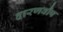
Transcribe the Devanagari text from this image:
दारणवौष